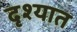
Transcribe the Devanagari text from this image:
दृश्यात